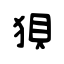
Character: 狽